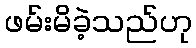
ဖမ်းမိခဲ့သည်ဟု